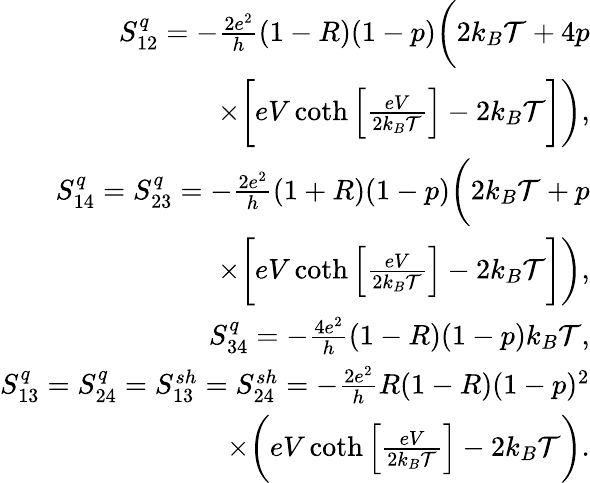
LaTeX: \begin{array}{r}{S_{12}^{q}=-\frac{2e^{2}}{h}(1-R)(1-p)\bigg(2k_{B}\mathcal{T}+4p}\\ {\times\bigg[eV\coth\left[\frac{eV}{2k_{B}\mathcal{T}}\right]-2k_{B}\mathcal{T}\bigg]\bigg),}\\ {S_{14}^{q}=S_{23}^{q}=-\frac{2e^{2}}{h}(1+R)(1-p)\bigg(2k_{B}\mathcal{T}+p}\\ {\times\bigg[eV\coth\left[\frac{eV}{2k_{B}\mathcal{T}}\right]-2k_{B}\mathcal{T}\bigg]\bigg),}\\ {S_{34}^{q}=-\frac{4e^{2}}{h}(1-R)(1-p)k_{B}\mathcal{T},}\\ {S_{13}^{q}=S_{24}^{q}={S_{13}^{sh}=S_{24}^{sh}}=-\frac{2e^{2}}{h}R(1-R)(1-p)^{2}}\\ {\times\bigg(eV\coth\left[\frac{eV}{2k_{B}\mathcal{T}}\right]-2k_{B}\mathcal{T}\bigg).}\end{array}